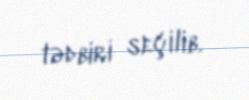
tədbiri seçilib.